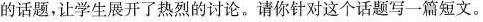
的话题，让学生展开了热烈的讨论。请你针对这个话题写一篇短文。